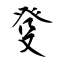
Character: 癹